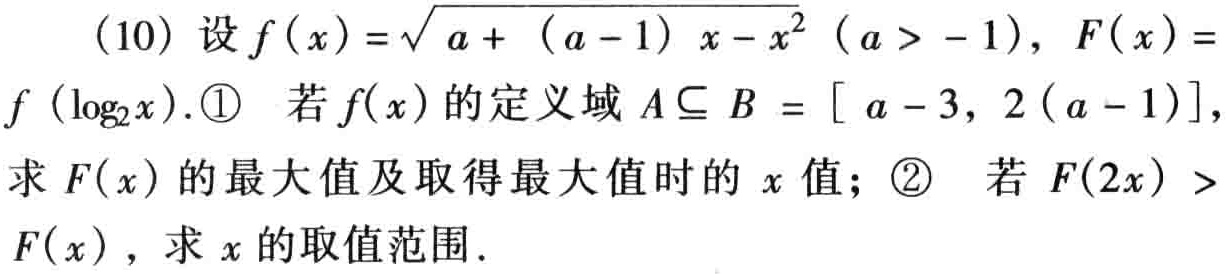
(10) 设\(f(x)=\sqrt{a+(a - 1)x - x^{2}}(a > - 1)\)，\(F(x)=f(\log_{2}x)\). \textcircled{1} 若\(f(x)\)的定义域\(A\subseteq B = [a - 3,2(a - 1)]\)，求\(F(x)\)的最大值及取得最大值时的\(x\)值；\textcircled{2} 若\(F(2x)>F(x)\)，求\(x\)的取值范围.